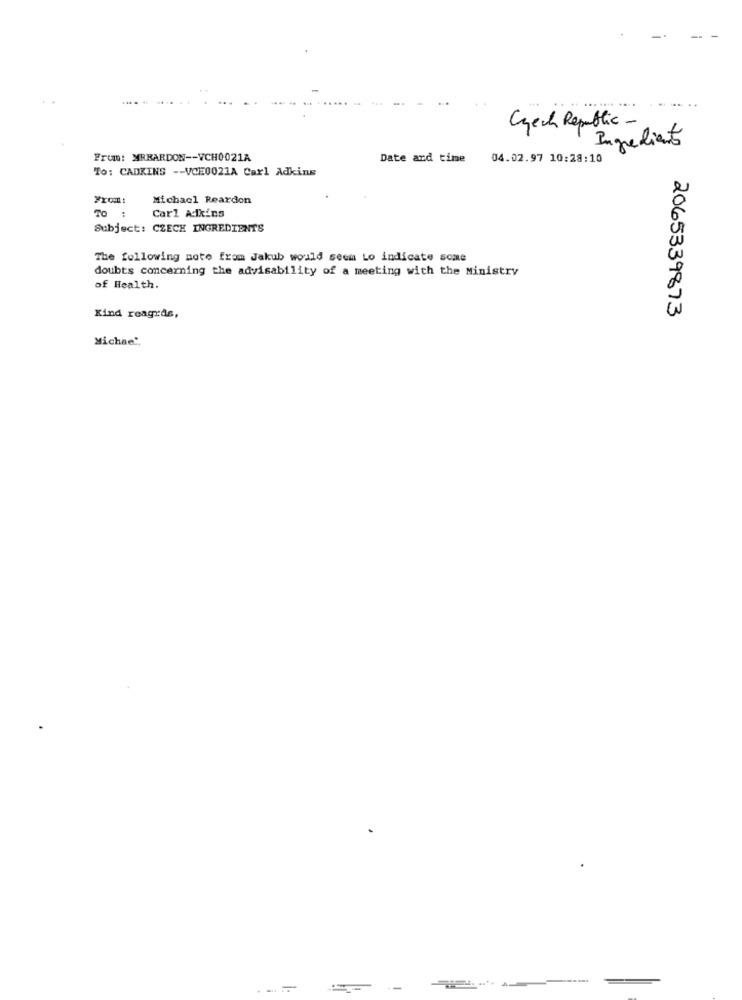
Czech Republic-
Ingrediento
From: MRRARDON -- VCH0021A
Date and time
04.02.97 10:28:10
To: CADKINS -- VCE0021A Carl Adkins
From:
Michael Reardon
Carl Adkins
TO :
Subject: CZECH INGREDIENTS
The following note from Jakub would seem Lo indicate some
doubts concerning the advisability of a meeting with the Ministry
of Health.
2065339873
Kind reagrds,
Michae :.